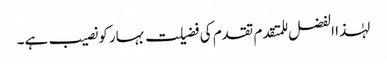
لہٰذا الفضل للمتقدم تقدم کی فضیلت بہار کو نصیب ہے۔